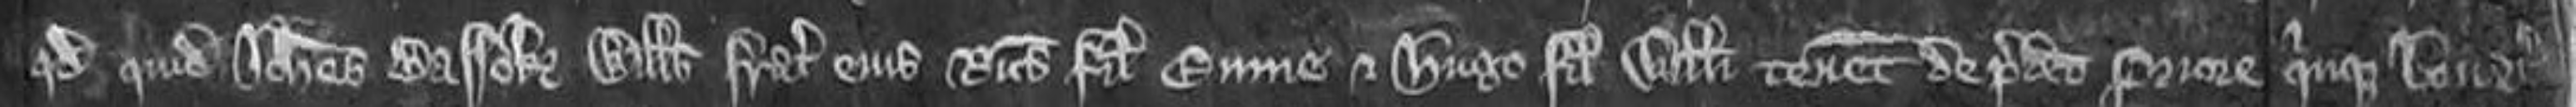
quod quidam Johannes Bassok Willelmus frater ejus Ricardus filius Emme et Hugo filius Willelmi tenent de predicto Priore quinque bovatas